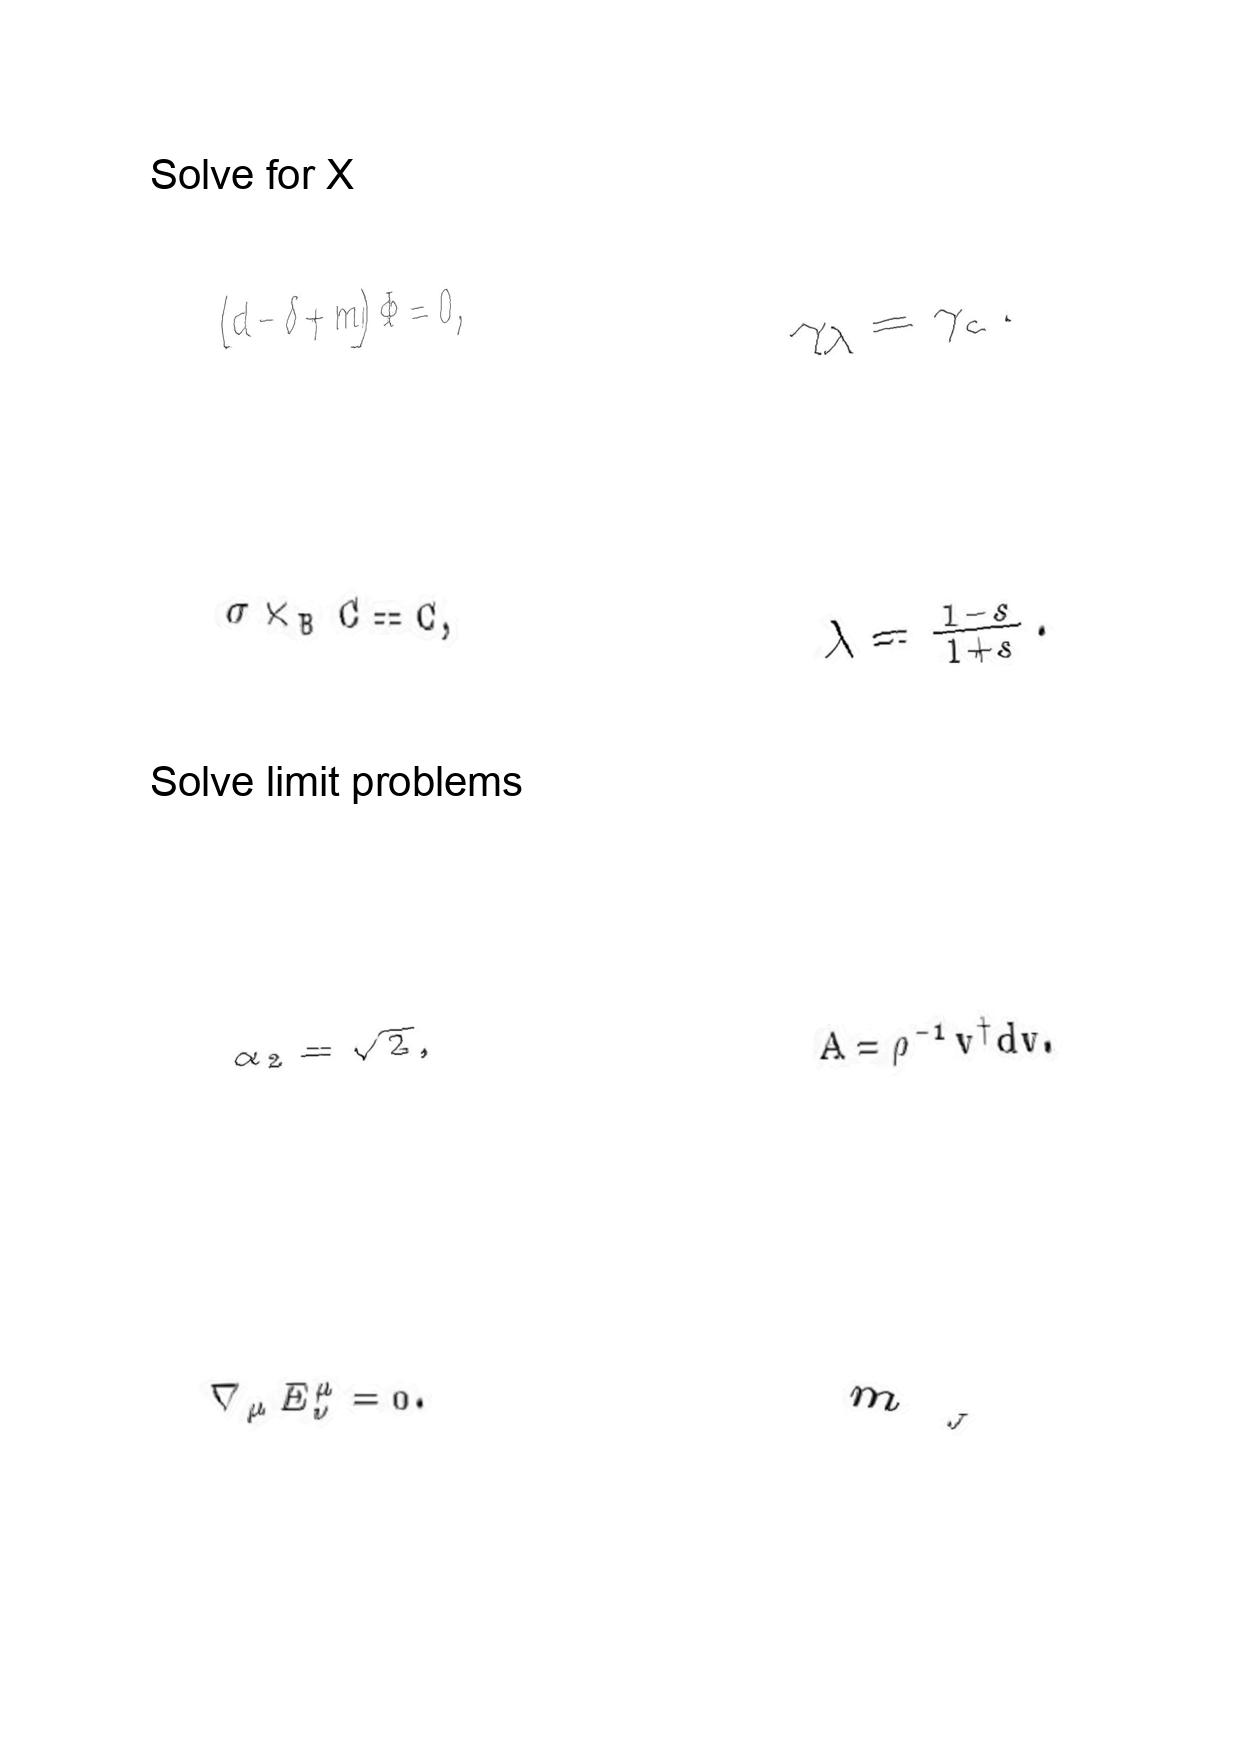
LaTeX transcription:
\lparen d - \delta + m \rparen \Phi = 0 ,
\sigma \times _ { B } C = C ,
\alpha _ { 2 } = \sqrt { 2 } ,
\nabla _ { \mu } E _ { \nu } ^ { \mu } = 0 .
\gamma _ { \lambda } = \gamma _ { c } .
\lambda = \frac { 1 - s } { 1 + s } .
A = \rho ^ { - 1 } v ^ { \dagger } d v .
m _ { _ { J } }